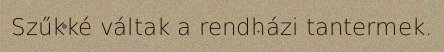
Szűkké váltak a rendházi tantermek.